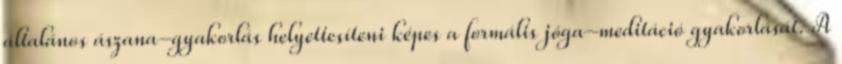
általános ászana-gyakorlás helyettesíteni képes a formális jóga-meditáció gyakorlását. A